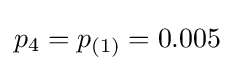
p_{4}=p_{(1)}=0.005